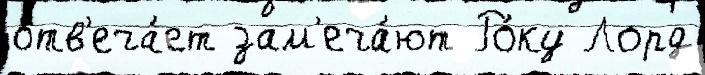
отв'еча́ет зам'еча́ют Ро́ку Лорд